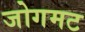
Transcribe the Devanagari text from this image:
जोगमट